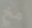
مخ